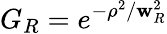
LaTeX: G_{R}=e^{-\rho^{2}/\mathbf{w}_{R}^{2}}